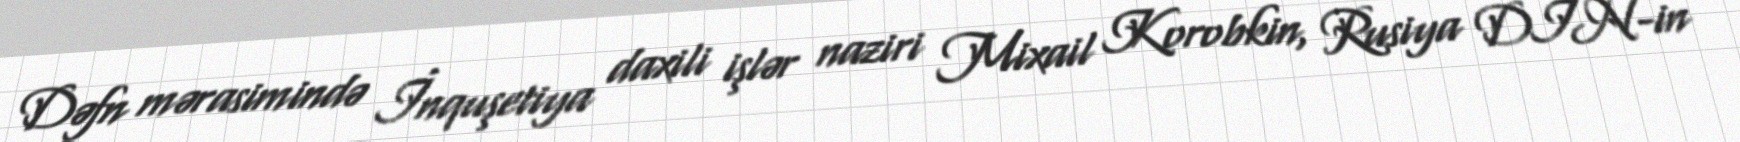
Dəfn mərasimində İnquşetiya daxili işlər naziri Mixail Korobkin, Rusiya DİN-in